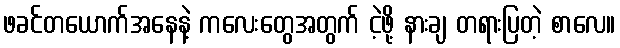
ဖခင်တယောက်အနေနဲ့ ကလေးတွေအတွက် ငဲ့ဖို့ နားချ တရားပြတဲ့ စာလေ။